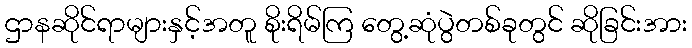
ဌာနဆိုင်ရာများနှင့်အတူ စိုးရိမ်ကြ တွေ့ဆုံပွဲတစ်ခုတွင် ဆိုခြင်းအား